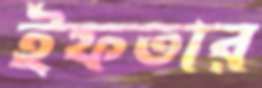
ইফতার